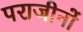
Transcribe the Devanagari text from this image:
पराजीनों